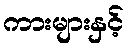
ကားများနှင့်